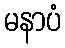
မနာပံ